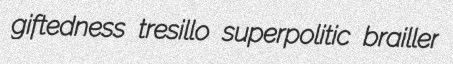
giftedness tresillo superpolitic brailler